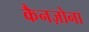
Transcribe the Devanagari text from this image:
कैनज़ोना